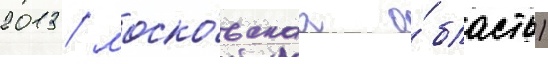
2013 / моско́вскаа о́бласть)